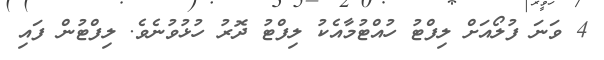
4 ވަނަ ފުލޯއަށް ލިފްޓު ހުއްޓުމާއެކު ލިފްޓު ދޮރު ހުޅުވުނެވެ. ލިފްޓުން ފައި